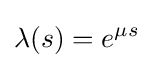
\lambda (s)=e^{\mu s}